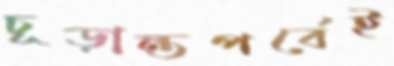
চূড়ান্তপর্বেই